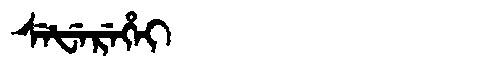
Manchu: ᠰᡝᡶᡝᡵᡝᡥᡝᡳ
Romanization: SEFEREHEI